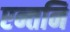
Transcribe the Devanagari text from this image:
एन्तनि